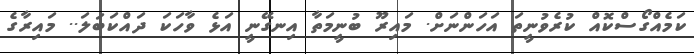
ކަމެއްގޯސްކޮއް ކުރެވުނީތަ އަހަންނަށް. މައިރޫ ބުނީމަތާ އިނގޭނީ އަޅެ ވާހަކަ ދައްކަބަލަ.. މައިރާގެ